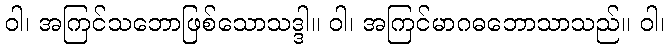
ဝါ၊ အကြင်သဘောဖြစ်သောသဒ္ဒါ။ ဝါ၊ အကြင်မာဂဓဘောသာသည်။ ဝါ၊